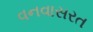
વનવાસરત